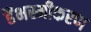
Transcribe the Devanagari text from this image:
हैंभस्मीकरण